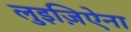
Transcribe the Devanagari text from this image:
लुइज़िऐना